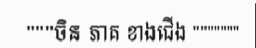
"""ចិន ភាគ ខាងជើង """""""